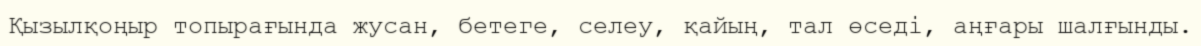
Қызылқоңыр топырағында жусан, бетеге, селеу, қайың, тал өседі, аңғары шалғынды.